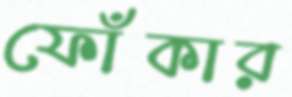
ফোঁকার